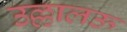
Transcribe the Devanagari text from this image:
उल्लालऊ